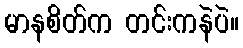
မာနစိတ်က တင်းကနဲပဲ။